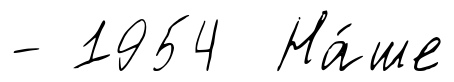
- 1954 На́ше